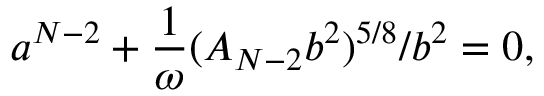
a ^ { N - 2 } + \frac { 1 } { \omega } ( A _ { N - 2 } b ^ { 2 } ) ^ { 5 / 8 } / b ^ { 2 } = 0 ,